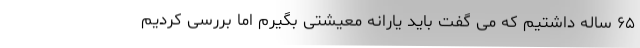
۶۵ ساله داشتیم که می گفت باید یارانه معیشتی بگیرم اما بررسی کردیم